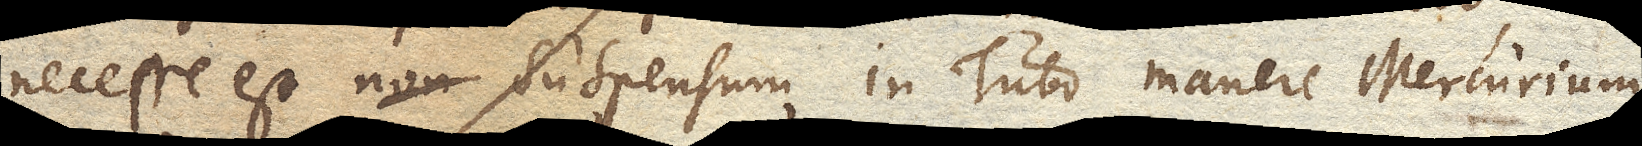
necesse est non suspensum in Tubo manere Mercurium,